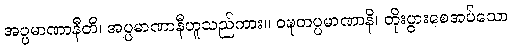
အပ္ပမာဏာနီတိ၊ အပ္ပမာဏာနီဟူသည်ကား။ ဝဍ္ဎတပ္ပမာဏာနိ၊ တိုးပွားစေအပ်သော